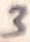
Text: 3